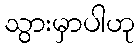
သွားမှာပါဟု